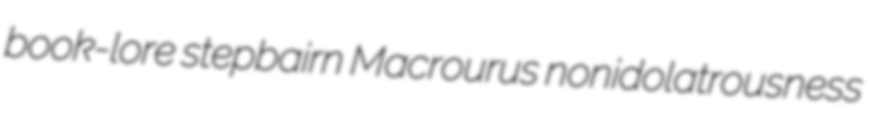
book-lore stepbairn Macrourus nonidolatrousness